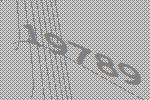
19789